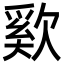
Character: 㰿